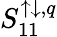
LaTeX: S_{11}^{\uparrow\downarrow,q}